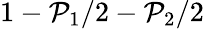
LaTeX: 1-\mathcal{P}_{1}/2-\mathcal{P}_{2}/2